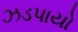
ઝડપાયો